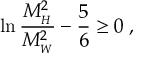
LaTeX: \ln \frac { M _ { _ H } ^ { 2 } } { M _ { _ W } ^ { 2 } } - \frac { 5 } { 6 } \geq 0 \; ,